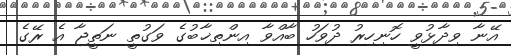
އޭނާ ވިދާޅުވީ ހޮނިހިރު ދުވަހު ބާއްވާ އިންތިޚާބުގެ ވަގުތީ ނަތީޖާ އެ ރޭގެ